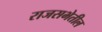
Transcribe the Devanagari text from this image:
राजसभेतील